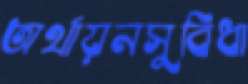
অর্থায়নসুবিধা